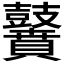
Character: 𪔵